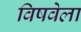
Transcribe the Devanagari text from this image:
विषवेला